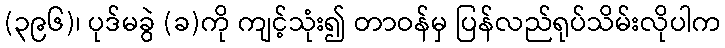
(၃၉၆)၊ ပုဒ်မခွဲ (ခ)ကို ကျင့်သုံး၍ တာဝန်မှ ပြန်လည်ရုပ်သိမ်းလိုပါက